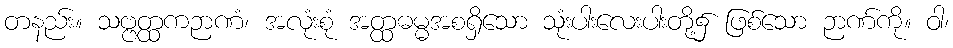
တနည်း။ သဗ္ဗတ္ထကဉာဏံ၊ အလုံးစုံ အတ္ထဓမ္မအစရှိသော သုံးပါးလေးပါးတို့၌ ဖြစ်သော ဉာဏ်ကို။ ဝါ၊